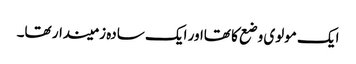
ایک مولوی وضع کا تھااور ایک سادہ زمیندار تھا۔